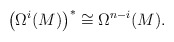
\begin{align*} \left(\Omega^i(M)\right)^* \cong \Omega^{n-i}(M).\end{align*}